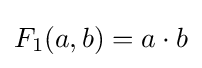
F_{1}(a,b)=a\cdot b